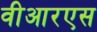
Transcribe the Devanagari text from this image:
वीआरएस